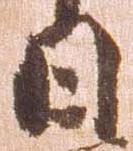
日